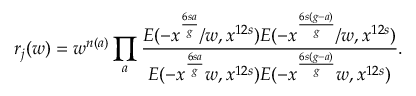
r _ { j } ( w ) = w ^ { n ( a ) } \prod _ { a } \frac { E ( - x ^ { \frac { 6 s a } { g } } / w , x ^ { 1 2 s } ) E ( - x ^ { \frac { 6 s ( g - a ) } { g } } / w , x ^ { 1 2 s } ) } { E ( - x ^ { \frac { 6 s a } { g } } w , x ^ { 1 2 s } ) E ( - x ^ { \frac { 6 s ( g - a ) } { g } } w , x ^ { 1 2 s } ) } .